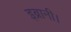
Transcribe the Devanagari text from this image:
इब्रानी।